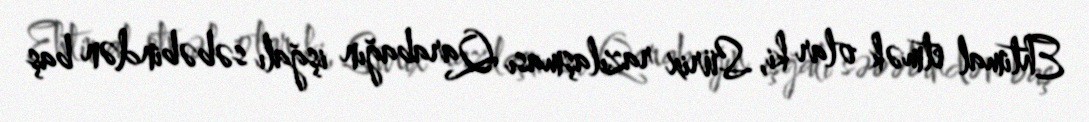
Ehtimal etmək olar ki, Sürix razılaşması Qarabağın işğalı səbəbindən baş